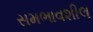
સમભાવશીલ